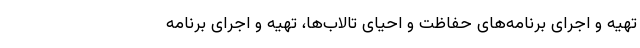
تهیه و اجرای برنامه‌های حفاظت و احیای تالاب‌ها، تهیه و اجرای برنامه